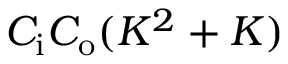
C _ { \mathrm { i } } C _ { \mathrm { o } } ( K ^ { 2 } + K )